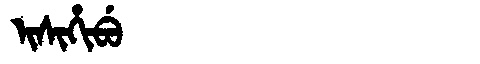
Manchu: ᡳᠰᡳᡥᡳᠪᡠ
Romanization: ISIHIBU